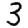
Digit: 3